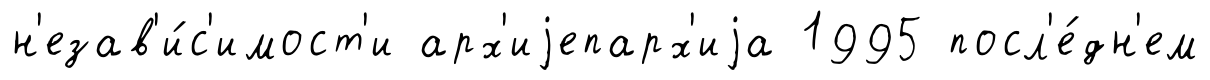
н'езав'и́с'имост'и арх'иjепарх'иjа 1995 посл'е́дн'ем